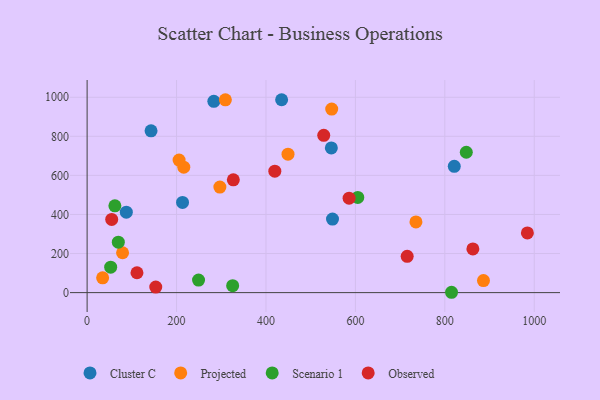
{"axis": {"x": "Speed", "y": "Demand"}, "legend": ["Cluster C", "Observed", "Projected", "Scenario 1"], "data": [{"x": "546.2", "y": 740.4, "type": "Cluster C"}, {"x": "143.0", "y": 828.2, "type": "Cluster C"}, {"x": "821.1", "y": 646.4, "type": "Cluster C"}, {"x": "213.4", "y": 461.7, "type": "Cluster C"}, {"x": "435.0", "y": 987.3, "type": "Cluster C"}, {"x": "87.7", "y": 411.8, "type": "Cluster C"}, {"x": "283.4", "y": 979.1, "type": "Cluster C"}, {"x": "548.8", "y": 376.5, "type": "Cluster C"}, {"x": "79.3", "y": 204.1, "type": "Projected"}, {"x": "886.4", "y": 61.4, "type": "Projected"}, {"x": "216.2", "y": 642.2, "type": "Projected"}, {"x": "547.0", "y": 939.4, "type": "Projected"}, {"x": "296.9", "y": 540.2, "type": "Projected"}, {"x": "449.3", "y": 708.7, "type": "Projected"}, {"x": "34.7", "y": 75.5, "type": "Projected"}, {"x": "309.2", "y": 986.9, "type": "Projected"}, {"x": "735.4", "y": 361.7, "type": "Projected"}, {"x": "205.7", "y": 678.6, "type": "Projected"}, {"x": "815.0", "y": 1.7, "type": "Scenario 1"}, {"x": "325.5", "y": 35.6, "type": "Scenario 1"}, {"x": "52.7", "y": 130.3, "type": "Scenario 1"}, {"x": "62.1", "y": 444.3, "type": "Scenario 1"}, {"x": "605.3", "y": 487.4, "type": "Scenario 1"}, {"x": "848.0", "y": 718.5, "type": "Scenario 1"}, {"x": "69.8", "y": 258.3, "type": "Scenario 1"}, {"x": "249.2", "y": 64.2, "type": "Scenario 1"}, {"x": "153.5", "y": 28.4, "type": "Observed"}, {"x": "327.0", "y": 577.1, "type": "Observed"}, {"x": "715.8", "y": 185.5, "type": "Observed"}, {"x": "419.8", "y": 621.8, "type": "Observed"}, {"x": "111.5", "y": 101.6, "type": "Observed"}, {"x": "984.6", "y": 305.7, "type": "Observed"}, {"x": "585.9", "y": 483.5, "type": "Observed"}, {"x": "862.7", "y": 223.7, "type": "Observed"}, {"x": "55.0", "y": 374.5, "type": "Observed"}, {"x": "529.2", "y": 804.9, "type": "Observed"}]}